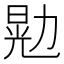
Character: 𫦴